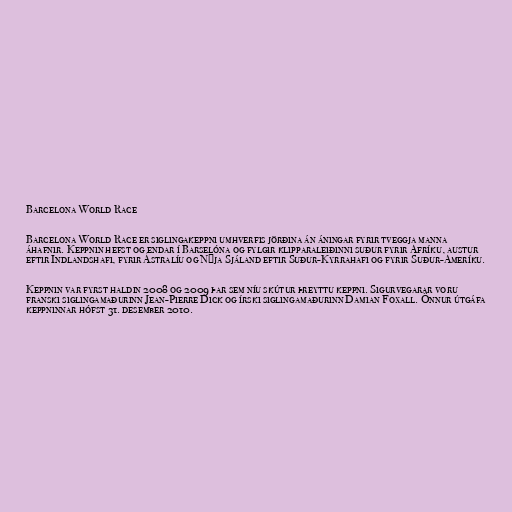
Barcelona World Race

Barcelona World Race er siglingakeppni umhverfis jörðina án áningar fyrir tveggja manna
áhafnir. Keppnin hefst og endar í Barselóna og fylgir klipparaleiðinni suður fyrir Afríku, austur
eftir Indlandshafi, fyrir Ástralíu og Nýja Sjáland eftir Suður-Kyrrahafi og fyrir Suður-Ameríku.

Keppnin var fyrst haldin 2008 og 2009 þar sem níu skútur þreyttu keppni. Sigurvegarar voru
franski siglingamaðurinn Jean-Pierre Dick og írski siglingamaðurinn Damian Foxall. Önnur útgáfa
keppninnar hófst 31. desember 2010.